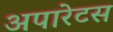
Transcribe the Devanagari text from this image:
अपारेटस